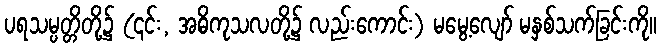
ပရသမ္ပတ္တိတို့၌ (၎င်း, အဓိကုသလတို့၌ လည်းကောင်း) မမွေ့လျော် မနှစ်သက်ခြင်းကို။